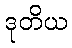
ဒုတိယ